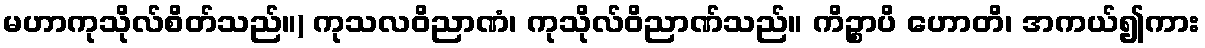
မဟာကုသိုလ်စိတ်သည်။) ကုသလဝိညာဏံ၊ ကုသိုလ်ဝိညာဏ်သည်။ ကိဉ္စာပိ ဟောတိ၊ အကယ်၍ကား